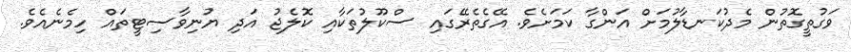
ވަގުތީގޮތުން މެދުކަނޑާލުމަށް އަންގާ ކަމަށެވެ. އޭގެތެރޭގައި ސްކޫލުތަކާއި ކޮލެޖު އަދި ޔުނިވާސިޓީތައް ހިމެނެއެވެ.